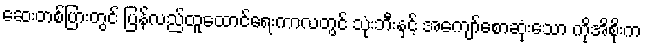
ဆေးတစ်ပြားတွင် ပြန်လည်ထူထောင်ရေးကာလတွင် သုံးဘီးနှင့် အကျော်စောဆုံးသော ကိုအိစိုးက